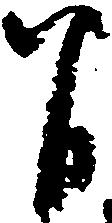
間